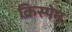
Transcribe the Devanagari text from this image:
क्रिस्पेन